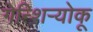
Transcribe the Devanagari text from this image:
गेन्शिर्‍योकू